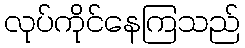
လုပ်ကိုင်နေကြသည်